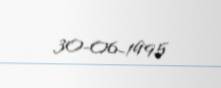
30-06-1995